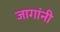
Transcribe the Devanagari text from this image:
जागांनी